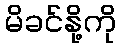
မိခင်နို့ကို